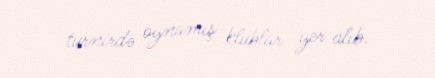
turnirdə oynamış klublar yer alıb.